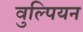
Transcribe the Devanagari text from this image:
वुल्पियन